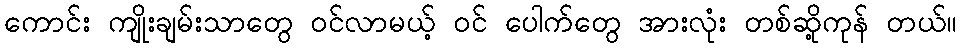
ကောင်း ကျိုးချမ်းသာတွေ ဝင်လာမယ့် ဝင် ပေါက်တွေ အားလုံး တစ်ဆို့ကုန် တယ်။